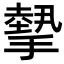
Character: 𢴸